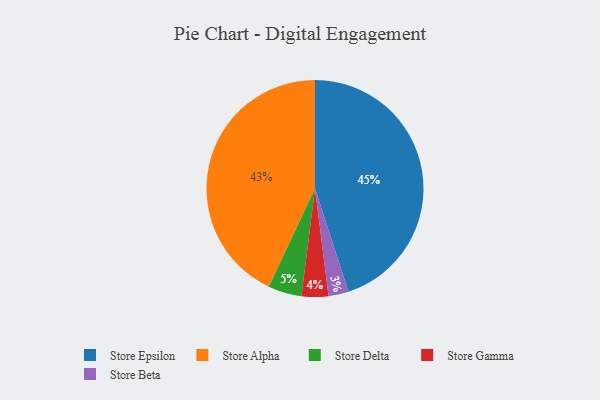
{"axis": {"x": "Category", "y": "Percentage"}, "legend": ["Store Alpha", "Store Beta", "Store Delta", "Store Epsilon", "Store Gamma"], "data": [{"x": "Store Beta", "y": 3, "type": "Store Beta"}, {"x": "Store Delta", "y": 5, "type": "Store Delta"}, {"x": "Store Alpha", "y": 43, "type": "Store Alpha"}, {"x": "Store Epsilon", "y": 45, "type": "Store Epsilon"}, {"x": "Store Gamma", "y": 4, "type": "Store Gamma"}]}